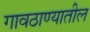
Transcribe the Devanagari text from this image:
गावठाण्यातील